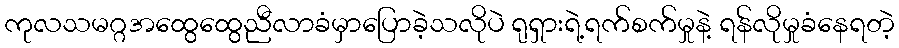
ကုလသမဂ္ဂအထွေထွေညီလာခံမှာပြောခဲ့သလိုပဲ ရုရှားရဲ့ရက်စက်မှုနဲ့ ရန်လိုမှုခံနေရတဲ့